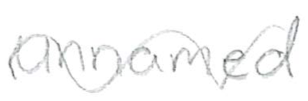
Text: unnamed
Cross-out: wave
Writing tool: pencil